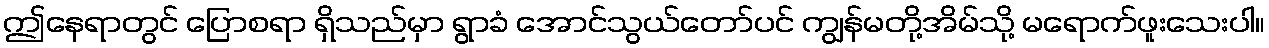
ဤနေရာတွင် ပြောစရာ ရှိသည်မှာ ရွာခံ အောင်သွယ်တော်ပင် ကျွန်မတို့အိမ်သို့ မရောက်ဖူးသေးပါ။